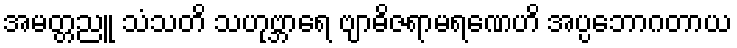
အမတ္တညူ သံသတိ သဟုဗ္ဘာရေ ဗျာဓိဇရာမရဏေဟိ အပ္ပဘောဂတာယ